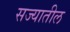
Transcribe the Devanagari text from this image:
सज्यातील